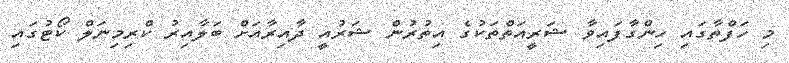
މި ހަފްތާގައި ހިންގާފައިވާ ޝަރީއަތްތަކުގެ އިތުރުން ޝަރުއީ ދާއިރާއަށް ބަލާއިރު ކްރިމިނަލް ކޯޓުގައި